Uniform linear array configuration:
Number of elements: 24
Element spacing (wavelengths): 1
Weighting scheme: hamming
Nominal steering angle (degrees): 30
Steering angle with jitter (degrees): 29.125
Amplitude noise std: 0.05
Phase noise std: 0.05

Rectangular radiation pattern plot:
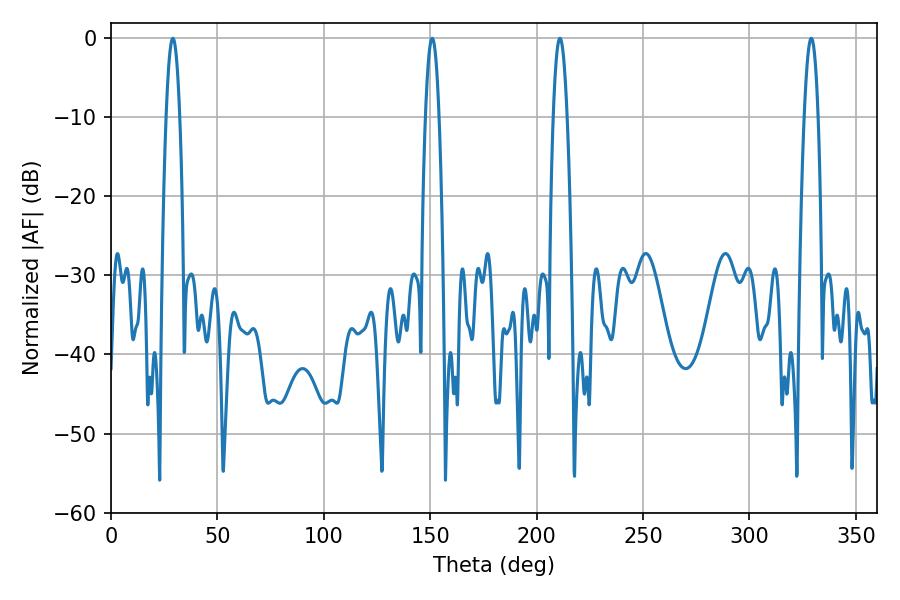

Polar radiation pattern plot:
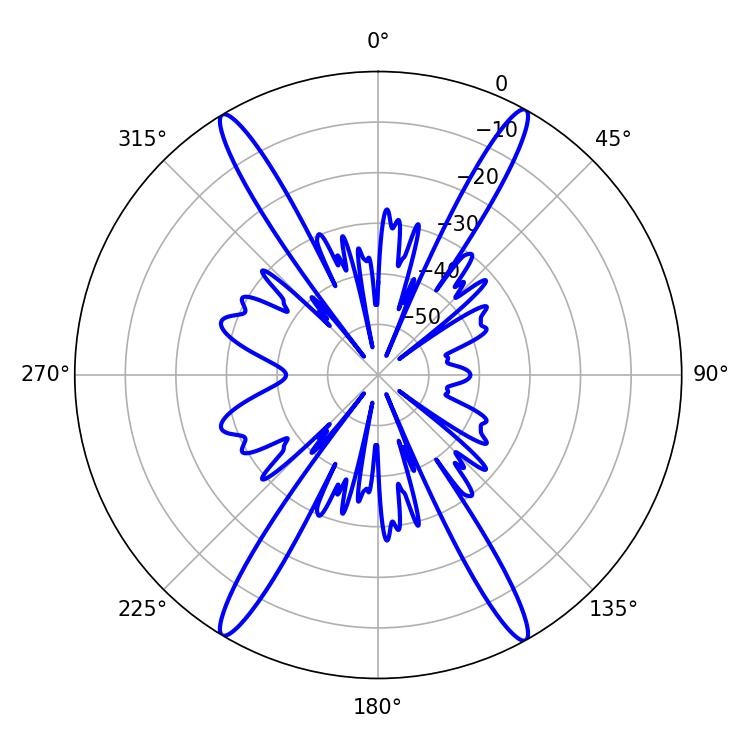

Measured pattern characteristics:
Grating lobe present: TRUE
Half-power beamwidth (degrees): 3.6
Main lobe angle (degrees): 210.96